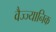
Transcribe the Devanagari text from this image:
वैज्ज्यानिक